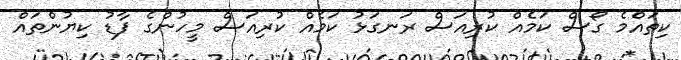
ކިތައްމެ ގޯސް ކަމެއް ކުރިއަސް ރަނގަޅު ކަމެެއް ކުރިއަސް މީހުންގެ ފާޑު ކިޔުންތައް